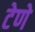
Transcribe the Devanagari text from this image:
टेणे